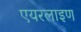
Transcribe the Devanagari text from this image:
एयरलाइण